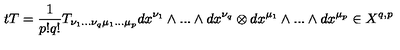
t T = \frac { 1 } { p ! q ! } T _ { \nu _ { 1 } . . . \nu _ { q } \mu _ { 1 } . . . \mu _ { p } } d x ^ { \nu _ { 1 } } \wedge . . . \wedge d x ^ { \nu _ { q } } \otimes d x ^ { \mu _ { 1 } } \wedge . . . \wedge d x ^ { \mu _ { p } } \in X ^ { q , p }